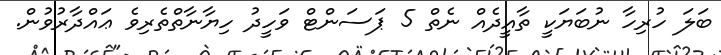
ބަލަ ހުރިހާ ނުބަޔަކީ ތާއީދެއް ނެތް 5 ޕަސަންޓް ވަހީދު ހިޔާނާތްތެރިވެ ޢައްދާރުވުން.